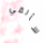
سألقي